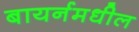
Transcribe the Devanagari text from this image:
बायर्नमधील